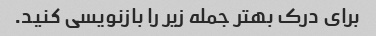
برای درک بهتر جمله زیر را بازنویسی کنید.